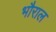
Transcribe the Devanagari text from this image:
भौराल